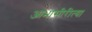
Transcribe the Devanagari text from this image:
आभासीरीत्या